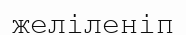
желіленіп